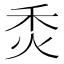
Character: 𤇫